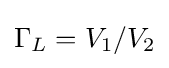
\Gamma _{L}=V_{1}/V_{2}